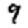
Digit: 9